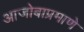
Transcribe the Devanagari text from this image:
आजोबाप्रमाणे